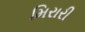
મિરારી